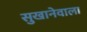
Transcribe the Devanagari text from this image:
सुखानेवाला